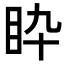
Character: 𥄌